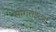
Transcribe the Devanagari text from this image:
सोंगराइटर्स